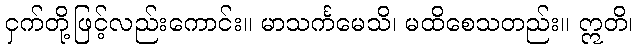
ငှက်တို့ဖြင့်လည်းကောင်း။ မာသင်္ကမေသိ၊ မထိစေသတည်း။ ဣတိ၊